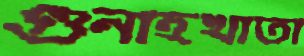
গুনাহখাতা